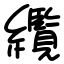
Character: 䌫